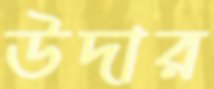
উদার